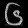
Digit: ၆